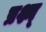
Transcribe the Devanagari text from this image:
प्रश्न्